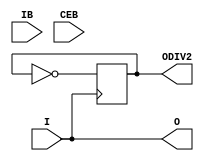
`timescale 1ns / 1ns

(* ivl_synthesis_cell *)
module IBUFDS_GTE4(
    input I,
    input IB,
    input CEB,
    output O,
    output ODIV2
);
	parameter DIFF_TERM = "FALSE";
	buf B1(O, I);

	reg x=0;
	always @(posedge I) x<=~x;
	buf B2(ODIV2, x);

endmodule